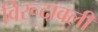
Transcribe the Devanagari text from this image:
विरूदावली